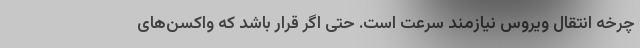
چرخه انتقال ویروس نیازمند سرعت است. حتی اگر قرار باشد که واکسن‌های